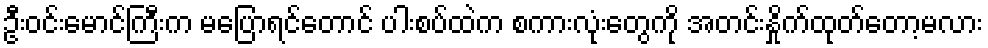
ဦးဝင်းမောင်ကြီးက မပြောရင်တောင် ပါးစပ်ထဲက စကားလုံးတွေကို အတင်းနှိုက်ထုတ်တော့မလား